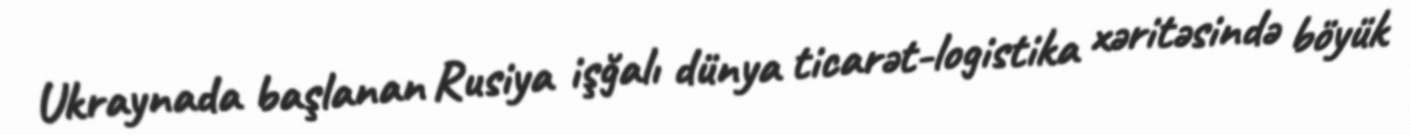
Ukraynada başlanan Rusiya işğalı dünya ticarət-logistika xəritəsində böyük